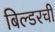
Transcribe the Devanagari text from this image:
बिल्डरची